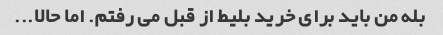
بله من باید برای خرید بلیط از قبل می رفتم. اما حالا...